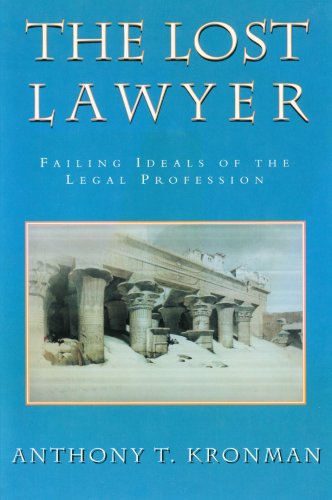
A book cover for The Lost Lawyer : Failing Ideals of the Legal Profession; Anthony Kronman; Law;